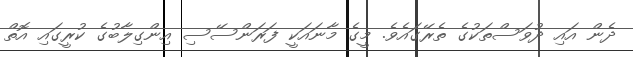
ދެން އައި ދުވަސްތަކުގެ ތެރޭގައެވެ. މީގެ މާނައަކީ ފަރަންސޭސި އިންގިލާބުގެ ކުރީގައި އޮތް